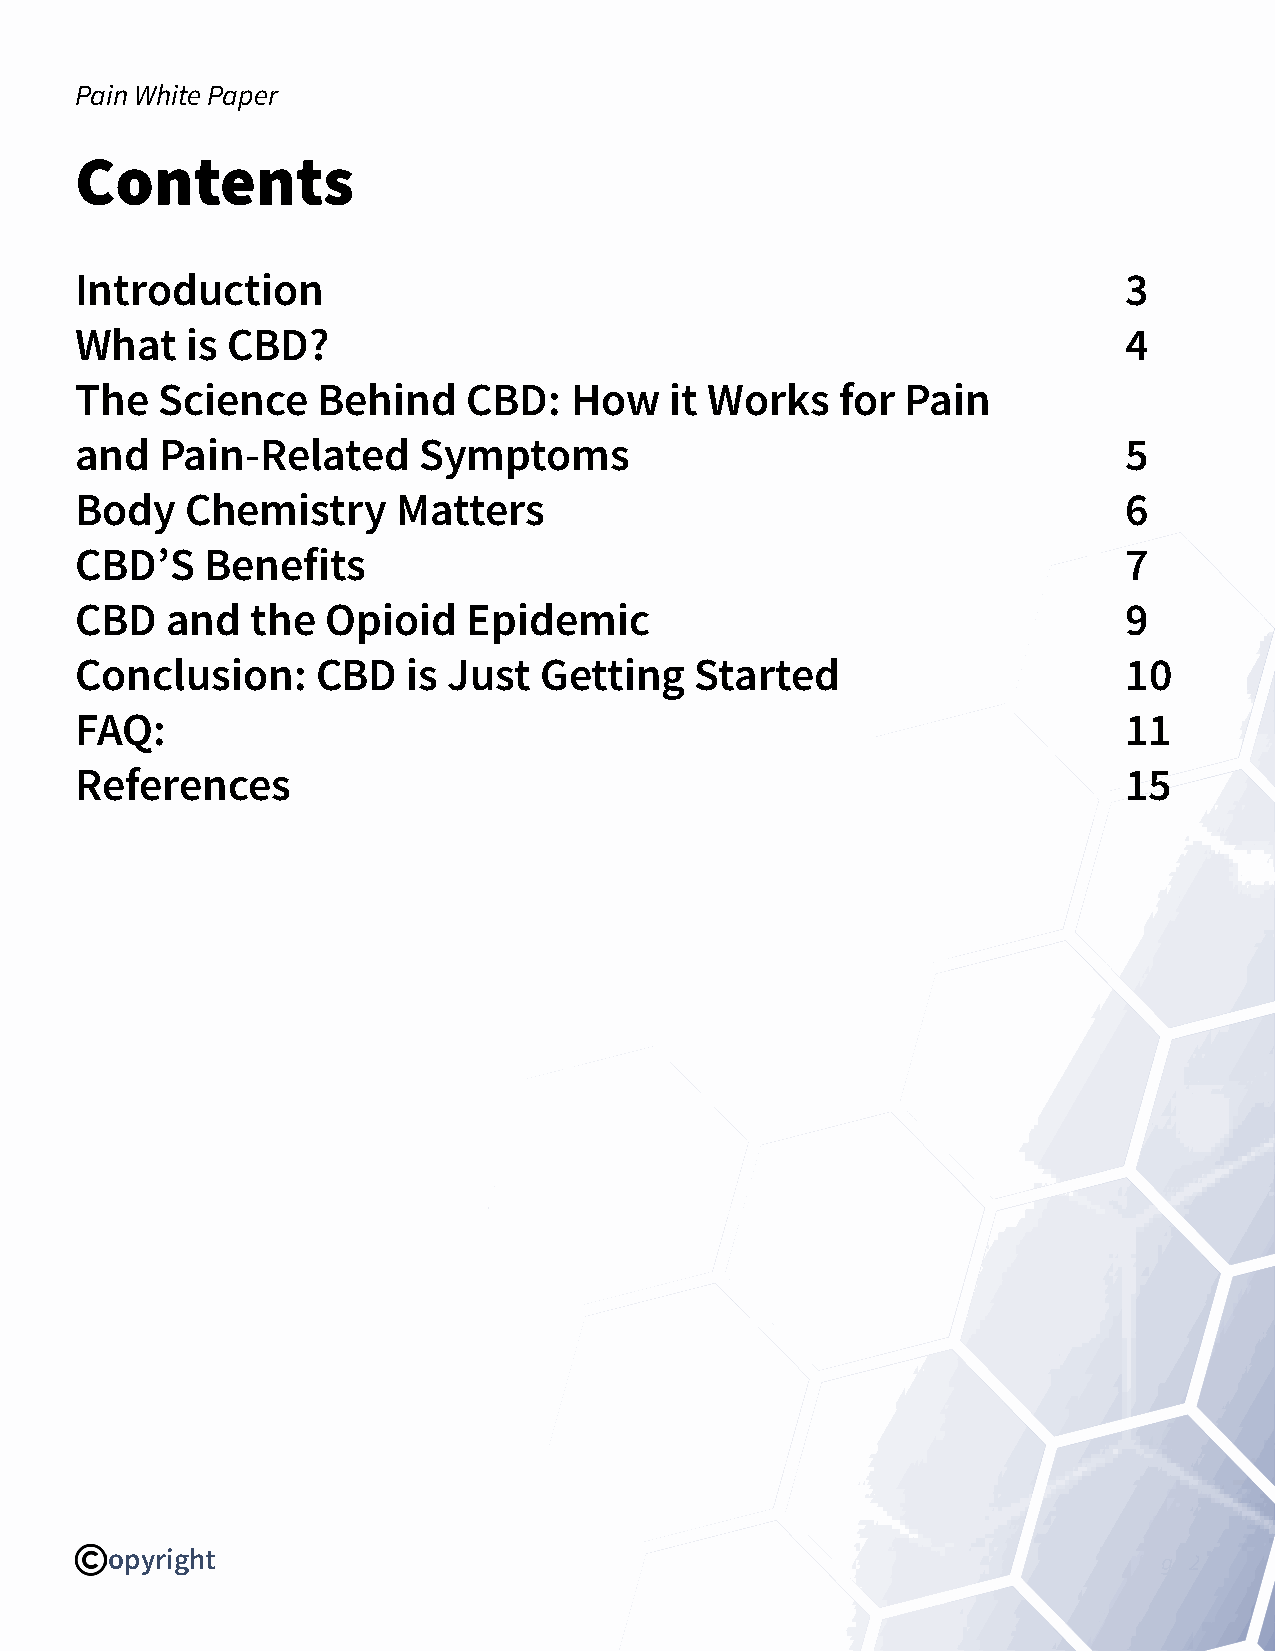
Pain White Paper
 Contents
 Introduction                                                         3
 What   is CBD?                                                       4
 The  Science    Behind    CBD:   How   it Works    for Pain
 and   Pain-Related     Symptoms                                      5
 Body   Chemistry     Matters                                         6
 CBD’S    Benefits                                                    7
 CBD   and   the  Opioid   Epidemic                                   9
 Conclusion:     CBD   is Just  Getting   Started                     10
 FAQ:                                                                 11
 References                                                           15
 opyright
 Page 2